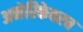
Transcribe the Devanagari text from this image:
अमेरिकेवरच